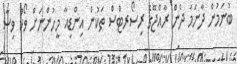
ބުނަމުން ދާނަމަ ދެން ރާއްޖޭގެ ރިސޯރޓްސް ތަކުން އިންޑިއާ މީހުންނަށް ވޯކް ވިސާ